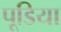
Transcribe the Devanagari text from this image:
पूडिया